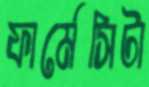
ফার্মেসিটা